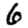
Digit: 6